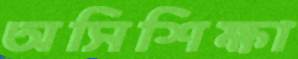
অসিশিক্ষা